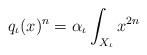
LaTeX: \begin{align*}q_{\iota}(x)^{n} = \alpha_{\iota} \int_{X_{\iota}} x^{2n}\end{align*}